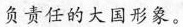
负责任的大国形象。